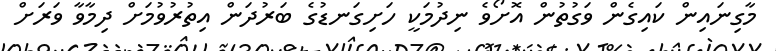
މާގިނައިން ކައިގެން ވަގުތުން އޮށޯވެ ނިދުމަކީ ހަށިގަނޑުގެ ބަރުދަން އިތުރުވުމަށް ދިމާވާ ވަރަށް